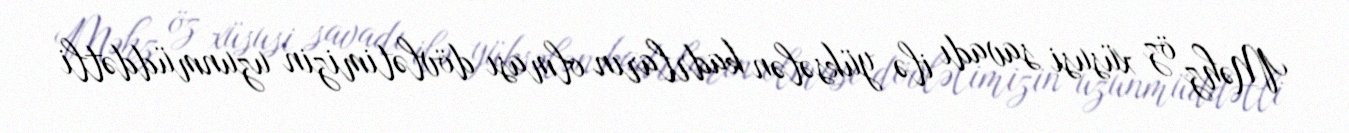
Məhz öz xüsusi savadı ilə yüksələn kadrların olması dövlətimizin uzunmüddətli